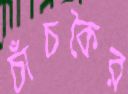
চাঁচকৈর